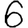
Digit: 6